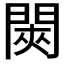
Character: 𬮊